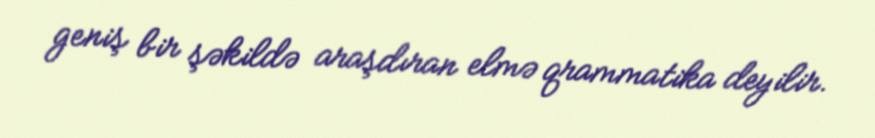
geniş bir şəkildə araşdıran elmə qrammatika deyilir.